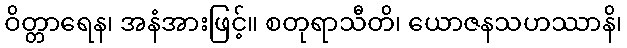
ဝိတ္တာရေန၊ အနံအားဖြင့်။ စတုရာသီတိ၊ ယောဇနသဟဿာနိ၊